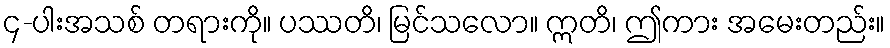
၄-ပါးအသစ် တရားကို။ ပဿတိ၊ မြင်သလော။ ဣတိ၊ ဤကား အမေးတည်း။